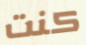
كنت